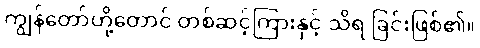
ကျွန်တော်တို့တောင် တစ်ဆင့်ကြားနှင့် သိရ ခြင်းဖြစ်၏။